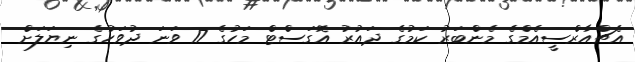
އެޗްއާރްސީއެމްގެ މެންބަރު ކަމުގެ ދައުރު އޮގަސްޓް މަހުގެ 17 ވަނަ ދުވަހުގެ ނިޔަލަށް